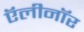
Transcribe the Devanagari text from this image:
ऍलीनॉर